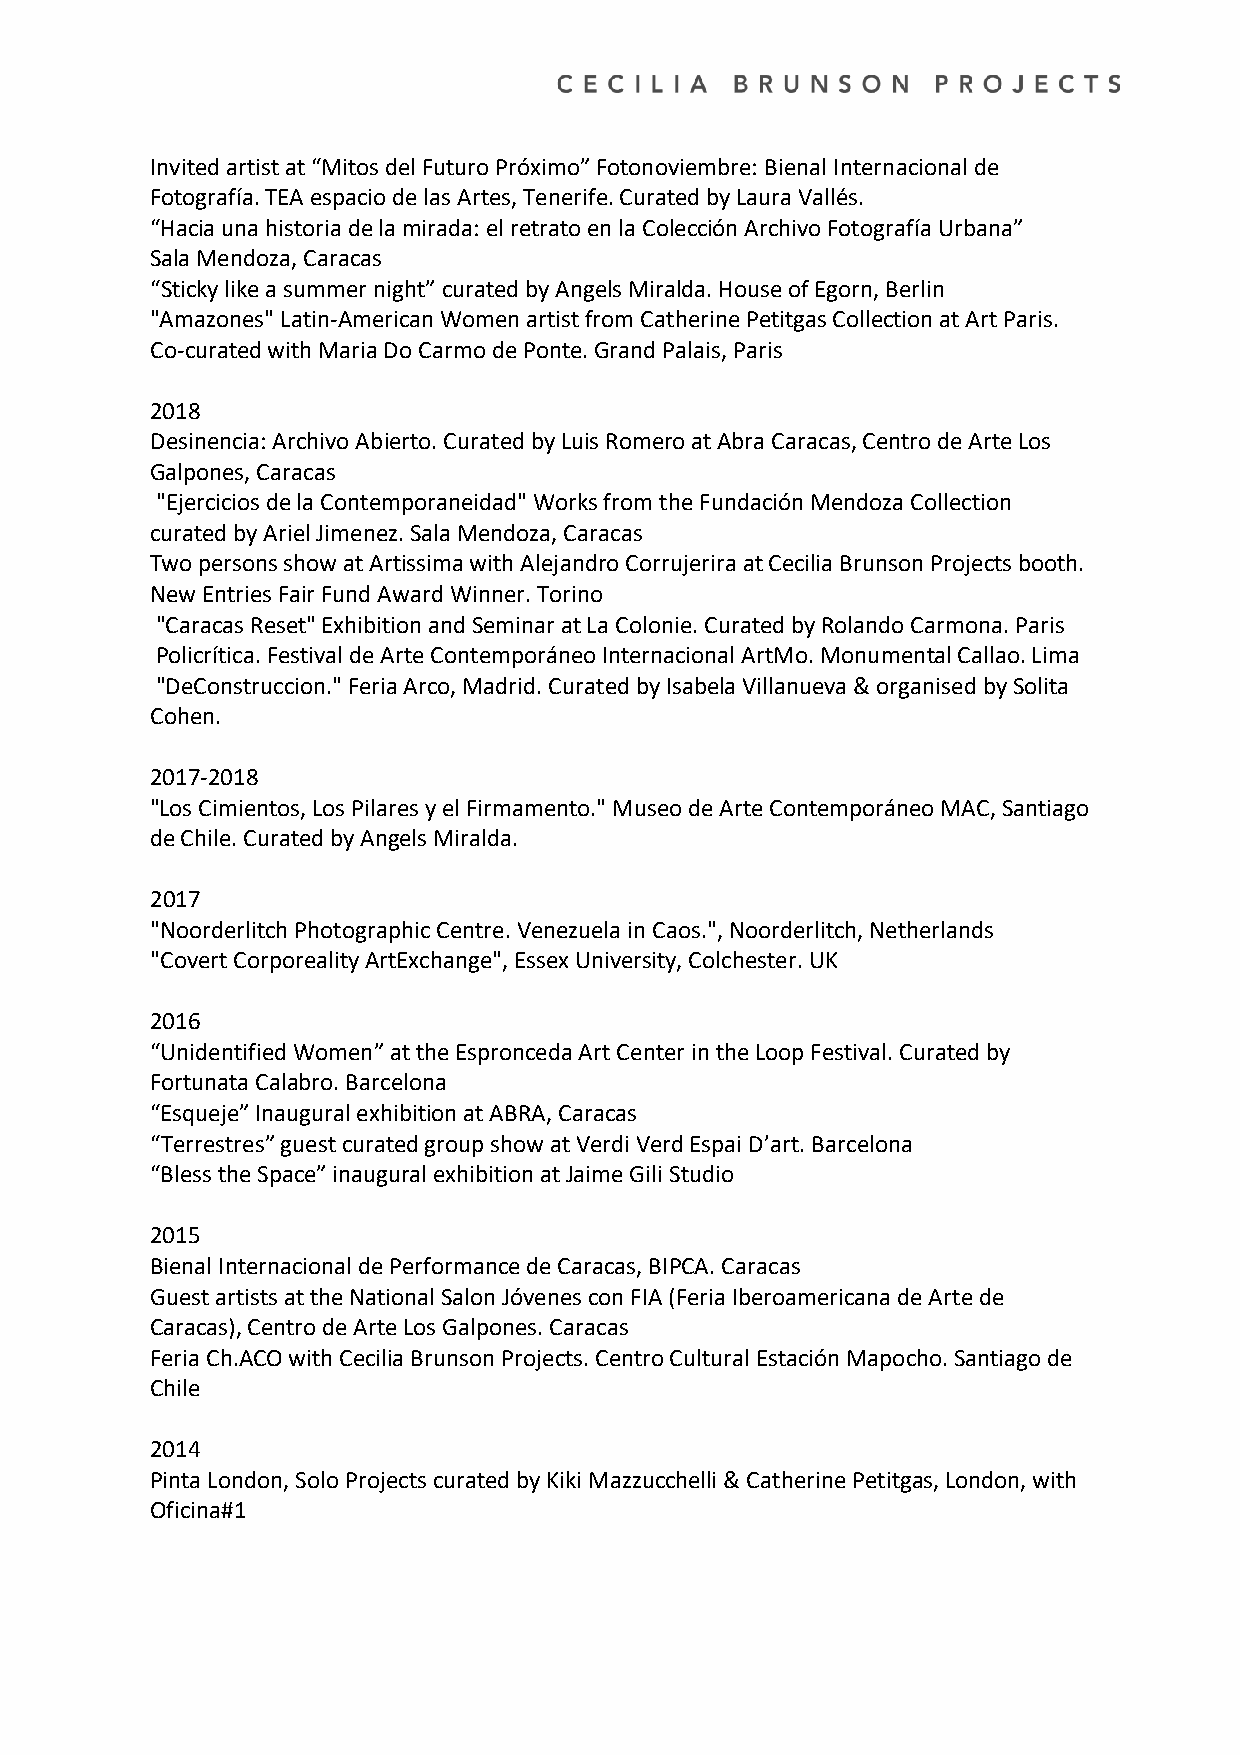
Invited artist at “Mitos del Futuro Próximo” Fotonoviembre: Bienal Internacional de
 Fotografía. TEA espacio de las Artes, Tenerife. Curated by Laura Vallés.
 “Hacia una historia de la mirada: el retrato en la Colección Archivo Fotografía Urbana”
 Sala Mendoza, Caracas
 “Sticky like a summer night” curated by Angels Miralda. House of Egorn, Berlin
 "Amazones" Latin-American Women artist from Catherine Petitgas Collection at Art Paris.
 Co-curated with Maria Do Carmo de Ponte. Grand Palais, Paris
 2018
 Desinencia: Archivo Abierto. Curated by Luis Romero at Abra Caracas, Centro de Arte Los
 Galpones, Caracas
 "Ejercicios de la Contemporaneidad" Works from the Fundación Mendoza Collection
 curated by Ariel Jimenez. Sala Mendoza, Caracas
 Two persons show at Artissima with Alejandro Corrujerira at Cecilia Brunson Projects booth.
 New Entries Fair Fund Award Winner. Torino
 "Caracas Reset" Exhibition and Seminar at La Colonie. Curated by Rolando Carmona. Paris
 Policrítica. Festival de Arte Contemporáneo Internacional ArtMo. Monumental Callao. Lima
 "DeConstruccion." Feria Arco, Madrid. Curated by Isabela Villanueva & organised by Solita
 Cohen.
 2017-2018
 "Los Cimientos, Los Pilares y el Firmamento." Museo de Arte Contemporáneo MAC, Santiago
 de Chile. Curated by Angels Miralda.
 2017
 "Noorderlitch Photographic Centre. Venezuela in Caos.", Noorderlitch, Netherlands
 "Covert Corporeality ArtExchange", Essex University, Colchester. UK
 2016
 “Unidentified Women” at the Espronceda Art Center in the Loop Festival. Curated by
 Fortunata Calabro. Barcelona
 “Esqueje” Inaugural exhibition at ABRA, Caracas
 “Terrestres” guest curated group show at Verdi Verd Espai D’art. Barcelona
 “Bless the Space” inaugural exhibition at Jaime Gili Studio
 2015
 Bienal Internacional de Performance de Caracas, BIPCA. Caracas
 Guest artists at the National Salon Jóvenes con FIA (Feria Iberoamericana de Arte de
 Caracas), Centro de Arte Los Galpones. Caracas
 Feria Ch.ACO with Cecilia Brunson Projects. Centro Cultural Estación Mapocho. Santiago de
 Chile
 2014
 Pinta London, Solo Projects curated by Kiki Mazzucchelli & Catherine Petitgas, London, with
 Oficina#1